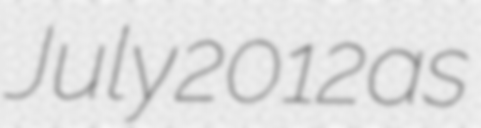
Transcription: July 2012 as